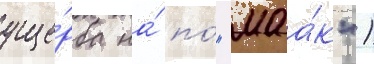
уще́рба на́ по́ "маа́к")